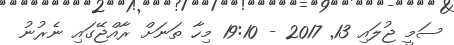
ސަމީ ޖުލައި 13